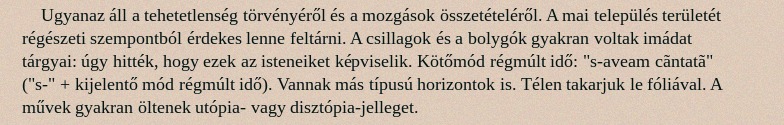
Ugyanaz áll a tehetetlenség törvényéről és a mozgások összetételéről. A mai település területét régészeti szempontból érdekes lenne feltárni. A csillagok és a bolygók gyakran voltak imádat tárgyai: úgy hitték, hogy ezek az isteneiket képviselik. Kötőmód régmúlt idő: "s-aveam cãntatã" ("s-" + kijelentő mód régmúlt idő). Vannak más típusú horizontok is. Télen takarjuk le fóliával. A művek gyakran öltenek utópia- vagy disztópia-jelleget.